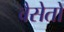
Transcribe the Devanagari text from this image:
वैसेतो